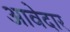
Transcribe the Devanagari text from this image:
आवेदार